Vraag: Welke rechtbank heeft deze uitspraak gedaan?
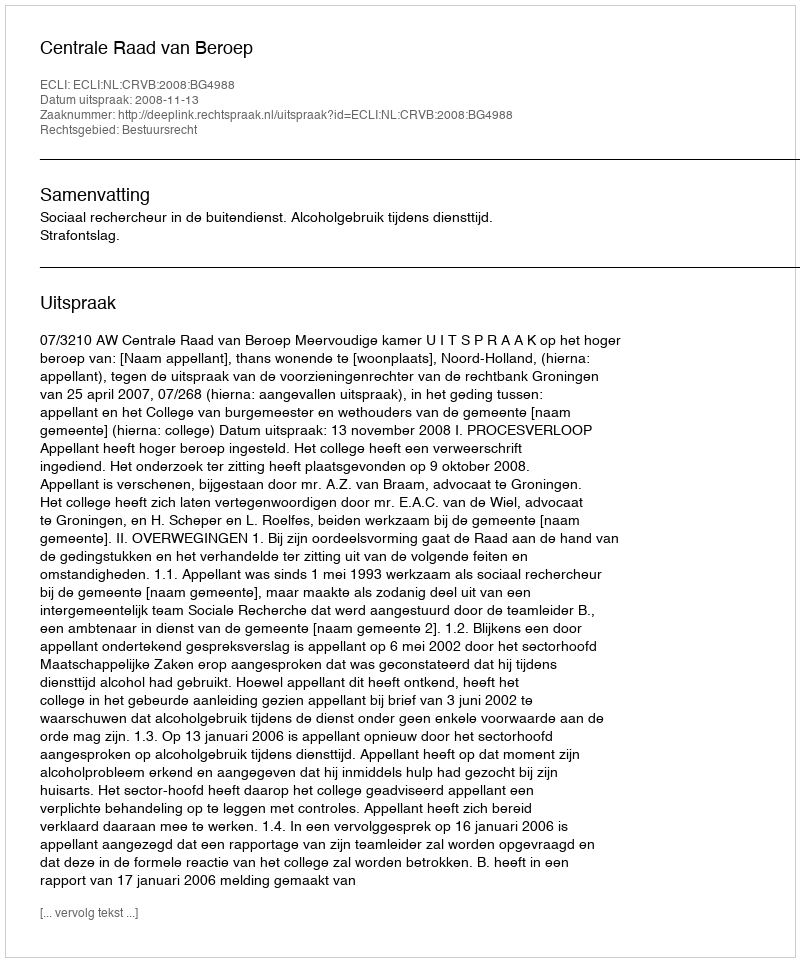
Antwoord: Centrale Raad van Beroep